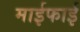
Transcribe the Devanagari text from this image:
माईफाई